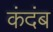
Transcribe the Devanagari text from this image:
कंदंब